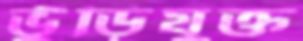
ভুঁড়িযুক্ত